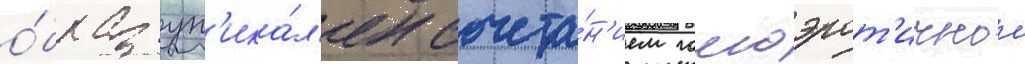
о́браз ун'ика́л'ен сочета́н'ием гомоэрот'ичнои